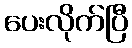
ပေးလိုက်ပြီ